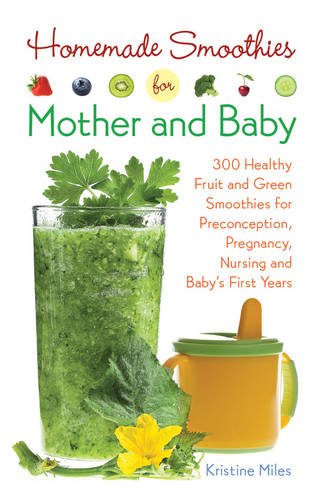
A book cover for Homemade Smoothies for Mother and Baby: 300 Healthy Fruit and Green Smoothies for Preconception, Pregnancy, Nursing and Baby's First Years; Kristine Miles; Cookbooks, Food & Wine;